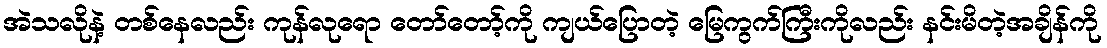
အဲသလိုနဲ့ တစ်နေလည်း ကုန်လုရော တော်တော့်ကို ကျယ်ပြောတဲ့ မြေကွက်ကြီးကိုလည်း နင်းမိတဲ့အချိန်ကို